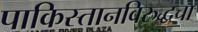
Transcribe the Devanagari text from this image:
पाकिस्तानविरुद्धचा